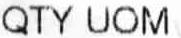
QTY UOM